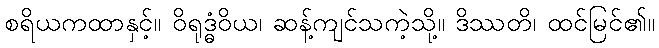
စရိယကထာနှင့်။ ဝိရုဒ္ဓံဝိယ၊ ဆန့်ကျင်သကဲ့သို့။ ဒိဿတိ၊ ထင်မြင်၏။